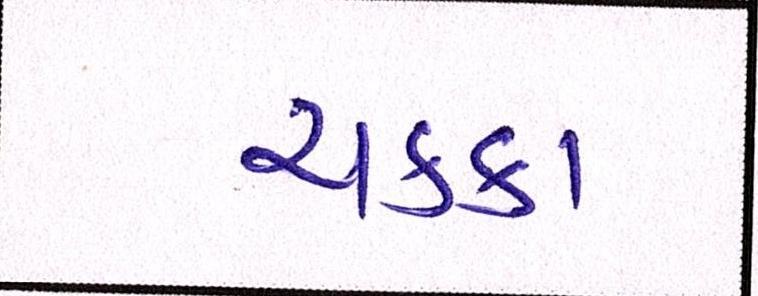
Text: ચક્કા